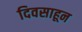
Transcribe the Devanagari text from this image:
दिवसाहून